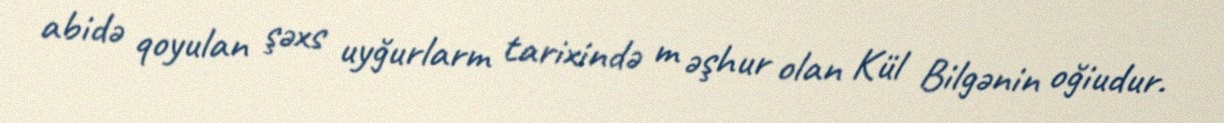
abidə qoyulan şəxs uyğurlarm tarixində m əşhur olan Kül Bilgənin oğiudur.